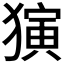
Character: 𬍅